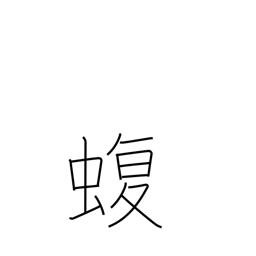
Meaning: viper